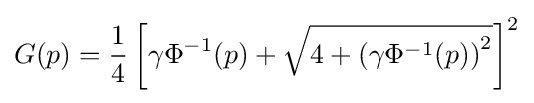
G(p)={\frac {1}{4}}\left[\gamma \Phi ^{-1}(p)+{\sqrt {4+\left(\gamma \Phi ^{-1}(p)\right)^{2}}}\right]^{2}